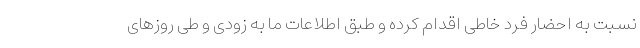
نسبت به احضار فرد خاطی اقدام کرده و طبق اطلاعات ما به زودی و طی روزهای